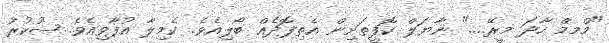
"މްމމް ހާދަ މީރޭ...." ނާޔަލް ކޮފީތަށިން އެތިފޮދެއް ބޯލިއެވެ. ކެމިލާ އުފާވިއެވެ. ޝުކުރު